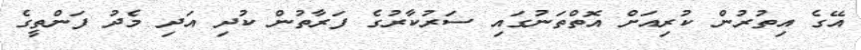
އޭގެ އިތުރުން ކުރިއަށް އޮތްތަނުގައި ސަރުކާރުގެ ފަރާތުން ކުދި އަދި މެދު ފަންތީގެ